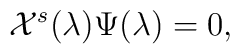
{\cal X}^{s}(\lambda)\Psi (\lambda)=0,